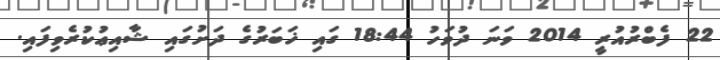
22 ފެބްރުއުރީ 2014 ވަނަ ދުވަހު 18:44 ގައި ޚަބަރުގެ ދަށުގައި ޝާއިޢުކުރެވިފައި.